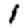
Digit: 1